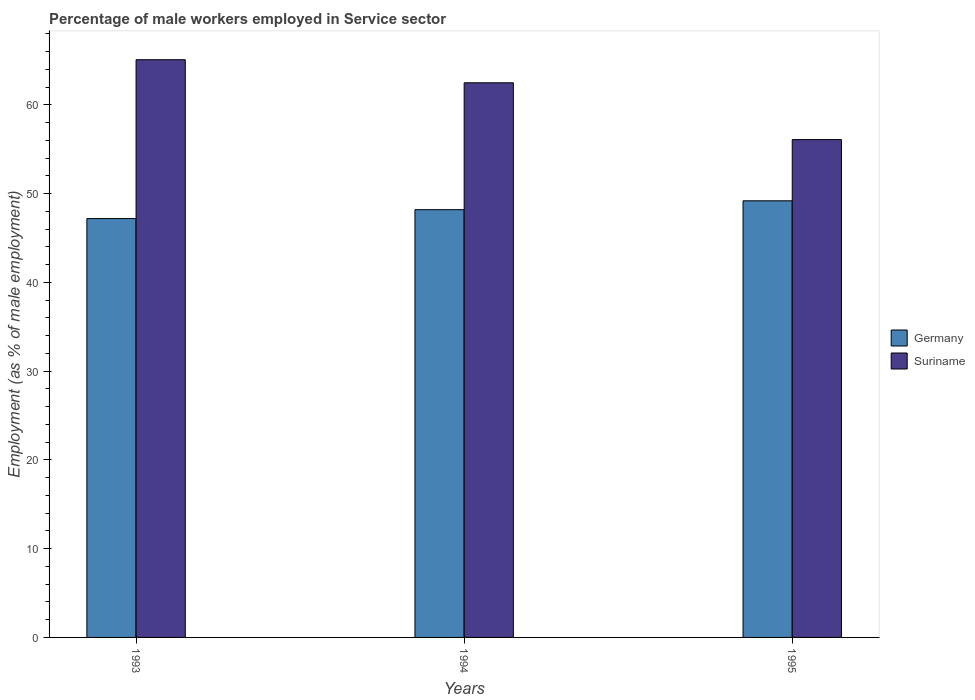
| Years | Germany | Suriname |
 | --- | --- | --- |
 | 1993 | 47.2 | 65.1 |
 | 1994 | 48.2 | 62.5 |
 | 1995 | 49.2 | 56.1 |